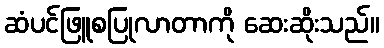
ဆံပင်ဖြူစပြုလာတာကို ဆေးဆိုးသည်။